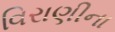
વિરાણીના